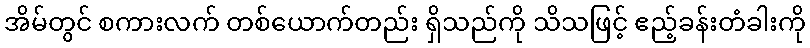
အိမ်တွင် စကားလက် တစ်ယောက်တည်း ရှိသည်ကို သိသဖြင့် ဧည့်ခန်းတံခါးကို